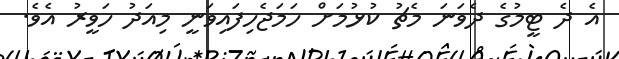
އެ ދެ ޓީމުގެ ދެވަނަ މެޗު ކުޅުމަށް ހަމަޖެހިފައިވަނީ މިއަދު ހަވީރު އެވެ.